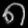
Digit: ၈